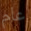
عام